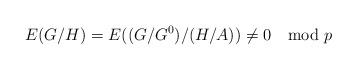
LaTeX: \begin{align*}E(G/H) = E((G/G^0)/(H/A)) \neq 0 \mod p\end{align*}